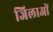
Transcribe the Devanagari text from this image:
जिलाओं